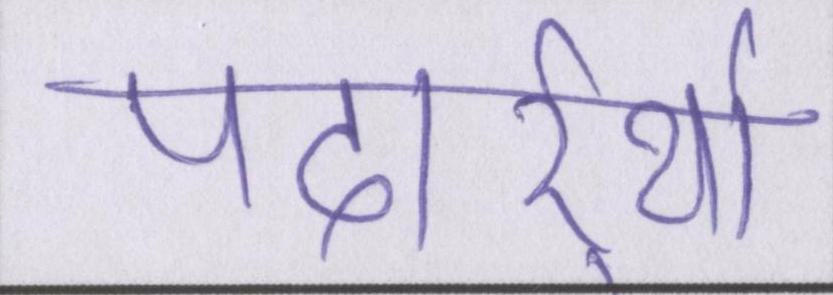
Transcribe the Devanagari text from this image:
पदार्र्थो